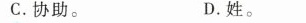
C.协助。 D.姓。